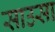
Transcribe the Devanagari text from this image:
साउसा